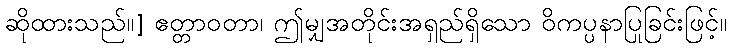
ဆိုထားသည်။] ဧတ္တာဝတာ၊ ဤမျှအတိုင်းအရှည်ရှိသော ဝိကပ္ပနာပြုခြင်းဖြင့်။